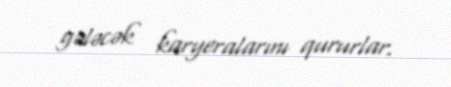
gələcək karyeralarını qururlar.